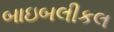
બાઇબલીકલ